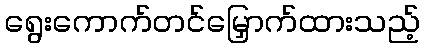
ရွေးကောက်တင်မြှောက်ထားသည့်